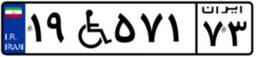
۸۹W۸۵۹۹۷